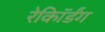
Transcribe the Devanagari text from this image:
रेकॉिर्डंग